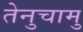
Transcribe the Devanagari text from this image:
तेनुचामु